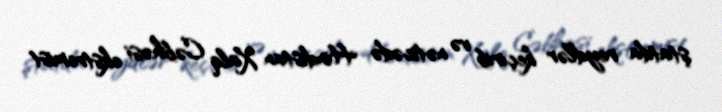
ştatda reydlər keçirib və nəticədə Hindistan Xalq Cəbhəsi ekstremist